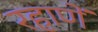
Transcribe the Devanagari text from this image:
रहाणें